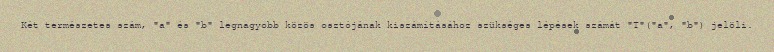
Két természetes szám, "a" és "b" legnagyobb közös osztójának kiszámításához szükséges lépések számát "T"("a", "b") jelöli.